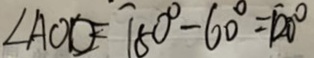
\angle A O D = 1 8 0 ^ { \circ } - 6 0 ^ { \circ } = 1 2 0 ^ { \circ }